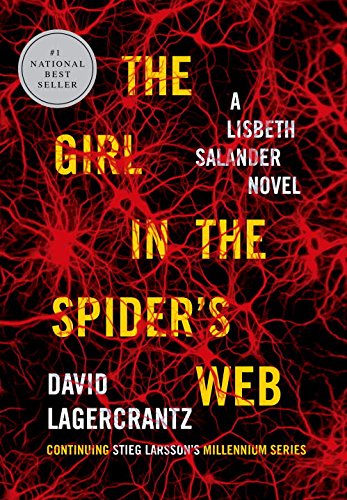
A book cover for The Girl in the Spider's Web: A Lisbeth Salander novel, continuing Stieg Larsson's Millennium Series; David Lagercrantz; Mystery, Thriller & Suspense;